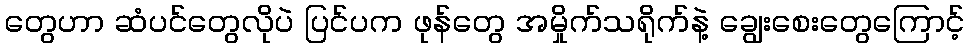
တွေဟာ ဆံပင်တွေလိုပဲ ပြင်ပက ဖုန်တွေ အမှိုက်သရိုက်နဲ့ ချွေးစေးတွေကြောင့်